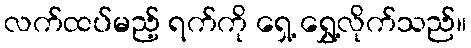
လက်ထပ်မည့် ရက်ကို ရှေ့ ရွှေ့လိုက်သည်။